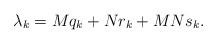
LaTeX: \begin{align*}\lambda_{k}=M q_{k}+N r_{k}+M N s_{k}.\end{align*}